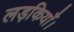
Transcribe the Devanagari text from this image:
लड़कियाँ।